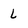
Character: L